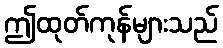
ဤထုတ်ကုန်များသည်